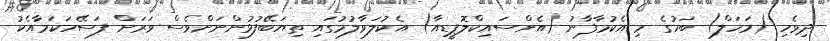
ދިވެހި (މަހަލް) ބަހުގެ މި އެކުމާފާނު (އެންސައިކްލޮޕީޑިއާ) އެކުލަވާލުމުގައި ތިޔަބޭފުޅުންނަށްވެސް ވަރަށް ފަސޭހަކަމާއެކު